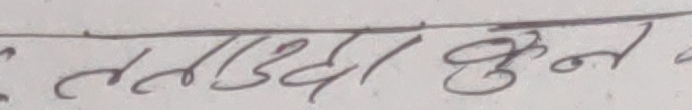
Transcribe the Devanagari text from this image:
लाउदा हुन